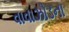
વાવાઝોડના